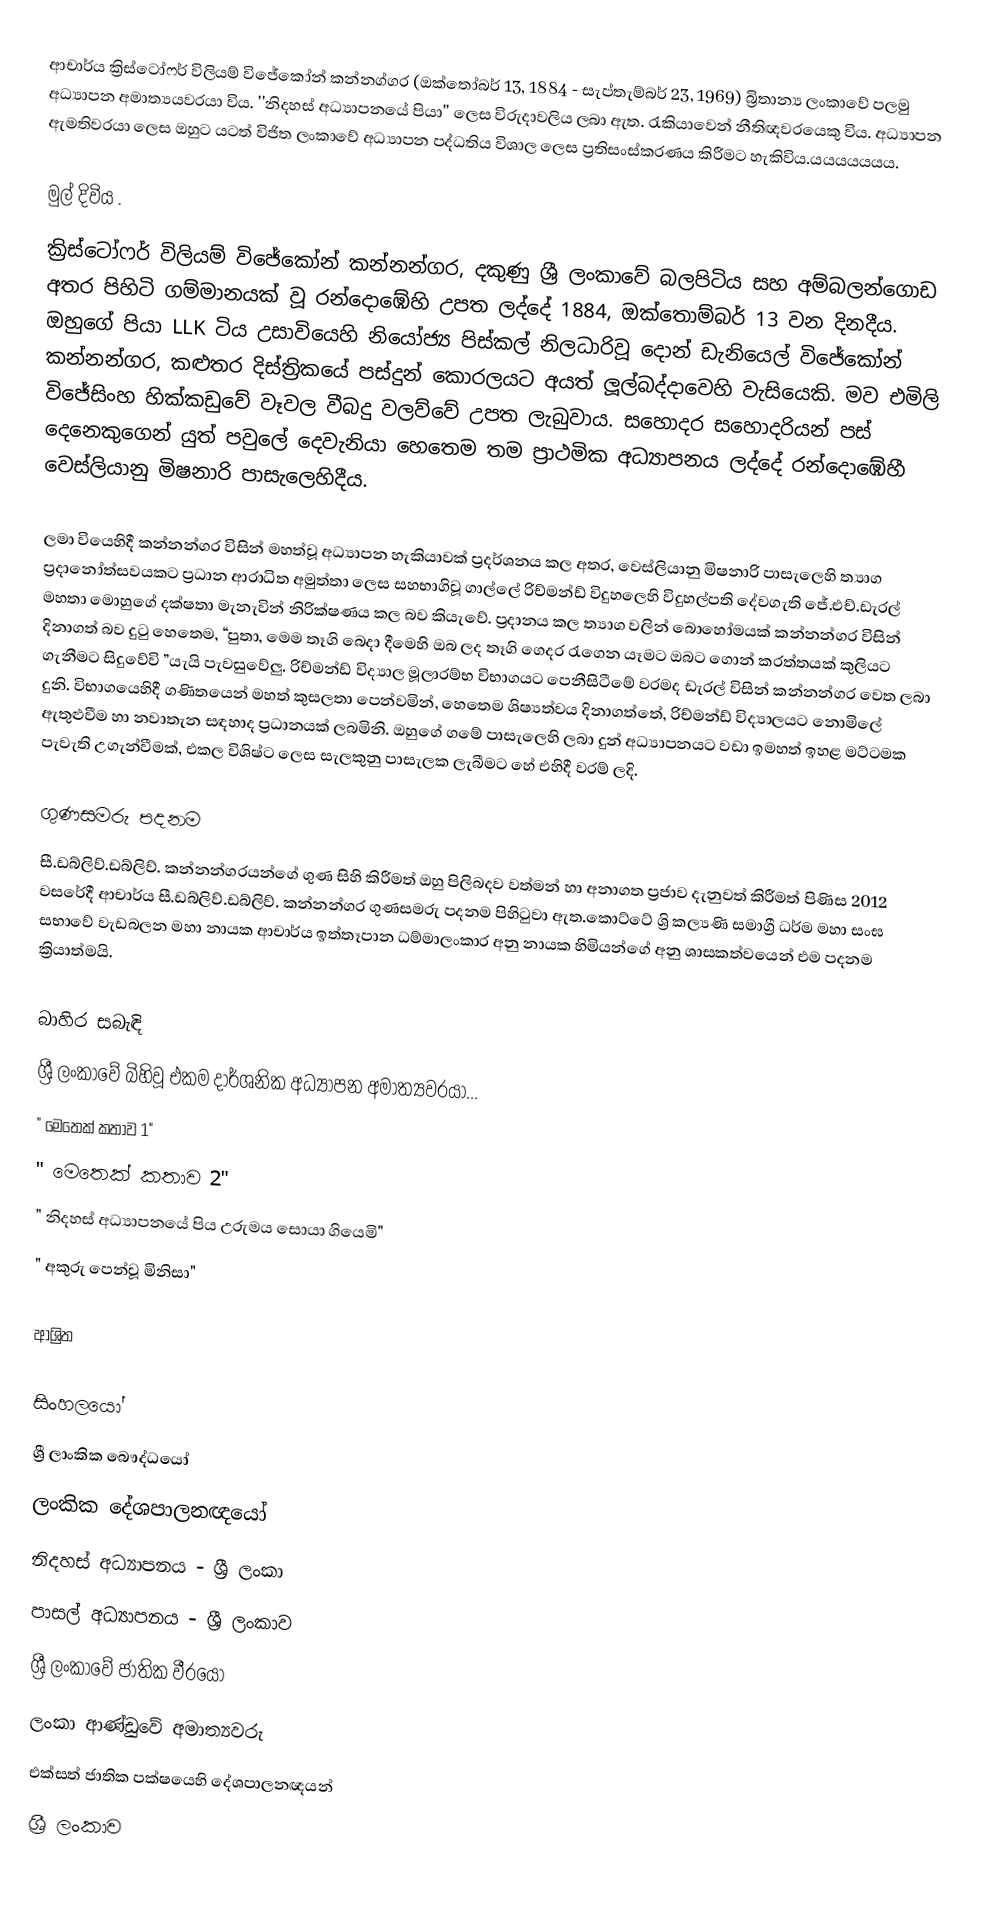
ආචාර්ය ක්‍රිස්ටෝෆර් විලියම් විජේකෝන් කන්නග්ගර (ඔක්තෝබර් 13, 1884 - සැප්තැම්බර් 23, 1969) බ්‍රිතාන්‍ය ලංකාවේ  පලමු අධ්‍යාපන අමාත්‍යයවරයා විය. ''නිදහස් අධ්‍යාපනයේ පියා'' ලෙස විරුදාවලිය ලබා ඇත. රැකියාවෙන් නීතිඥවරයෙකු විය. අධ්‍යාපන ඇමතිවරයා ලෙස ඔහුට යටත් විජිත ලංකාවේ අධ්‍යාපන පද්ධතිය විශාල ලෙස ප්‍රතිසංස්කරණය කිරීමට හැකිවිය.යයයයයයය.

මුල් දිවිය .
ක්‍රිස්ටෝෆර් විලියම් විජේකෝන් කන්නන්ගර, දකුණු ශ්‍රී    ලංකාවේ බලපිටිය සහ අම්බලන්ගොඩ අතර පිහිටි ගම්මානයක් වූ රන්දොඹේහි උපත ලද්දේ 1884, ඔක්තොම්බර් 13 වන දිනදීය.  ඔහුගේ පියා LLK ටිය උසාවියෙහි නියෝජ්‍ය පිස්කල් නිලධාරිවූ දොන් ඩැනියෙල් විජේකෝන් කන්නන්ගර, කළුතර දිස්ත්‍රිකයේ පස්දුන් කොරලයට අයත් ලූල්බද්දාවෙහි වැසියෙකි. මව එමිලි විජේසිංහ හික්කඩුවේ වෑවල වීබදු වලව්වේ උපත ලැබුවාය. සහොදර සහොදරියන් පස් දෙනෙකුගෙන් යුත් පවුලේ දෙවැනියා හෙතෙම තම ප්‍රාථමික අධ්‍යාපනය ලද්දේ රන්දොඹේහී වෙස්ලියානු මිෂනාරි පාසැලෙහිදීය.

ලමා වියෙහිදී කන්නන්ගර විසින් මහත්වූ අධ්‍යාපන හැකියාවක් ප්‍රදර්ශනය කල අතර, වෙස්ලියානු මිෂනාරි පාසැලෙහි ත්‍යාග ප්‍රදානෝත්සවයකට ප්‍රධාන ආරාධිත අමුත්තා ලෙස සහභාගිවූ ගාල්ලේ  රිච්මන්ඩ් විදුහලෙහි විදුහල්පති දේවගැති ජේ.එච්.ඩැරල් මහතා මොහුගේ දක්ෂතා මැනැවින් නිරික්ෂණය කල බව කියැවේ. ප්‍රදානය කල ත්‍යාග වලින් බොහෝමයක් කන්නන්ගර විසින් දිනාගත් බව දුටු හෙතෙම, “පුතා, මෙම තෑගි බෙදා දීමෙහි ඔබ ලද තෑගි ගෙදර රැගෙන යෑමට ඔබට ගොන් කරත්තයක් කුලියට ගැනීමට සිදුවේවි ”යැයි පැවසුවේලු. රිච්මන්ඩ් විද්‍යාල මූලාරම්භ විභාගයට පෙනීසිටීමේ වරමද ඩැරල් විසින් කන්නන්ගර වෙත ලබා දුනි. විභාගයෙහිදී ගණිතයෙන් මහත් කුසලතා පෙන්වමින්, හෙතෙම ශිෂ්‍යත්වය දිනාගත්තේ, රිච්මන්ඩ් විද්‍යාලයට නොමිලේ  ඇතුළුවීම හා නවාතැන සඳහාද ප්‍රධානයක් ලබමිනි. ඔහුගේ ගමේ පාසැලෙහි ලබා දුන් අධ්‍යාපනයට වඩා ඉමහත් ඉහළ මට්ටමක පැවැති උගැන්වීමක්, එකල විශිෂ්ට ලෙස සැලකුනු පාසැලක ලැබීමට හේ එහිදී වරම් ලදි.

ගුණසමරු පදනම
සී.ඩබ්ලිව්.ඩබ්ලිව්. කන්නන්ගරයන්ගේ ගුණ සිහි කිරීමත් ඔහු පිලිබදව වත්මන් හා අනාගත ප්‍රජාව දැනුවත් කිරීමත් පිණිස 2012 වසරේදී ආචාර්ය සී.ඩබ්ලිව්.ඩබ්ලිව්. කන්නන්ගර ගුණසමරු පදනම පිහිටුවා ඇත.කොට්ටේ ශ්‍රි කල්‍යණි සමාග්‍රී ධර්ම මහා සංඝ සභාවේ වැඩබලන මහා නායක ආචාර්ය ඉත්තෑපාන ධම්මාලංකාර අනු නායක හිමියන්ගේ අනු ශාසකත්වයෙන් එම පදනම ක්‍රියාත්මයි.

බාහිර සබැඳි
ශ්‍රී ලංකාවේ බිහිවූ එකම දාර්ශනික අධ්‍යාපන අමාත්‍යවරයා...
  " මෙතෙක් කතාව 1"
" මෙතෙක් කතාව 2"
" නිදහස් අධ්‍යාපනයේ පිය උරුමය සොයා ගියෙමි"
" අකුරු පෙන්වූ මිනිසා"

ආශ්‍රිත

සිංහලයෝ
ශ්‍රී ලාංකික බෞද්ධයෝ
ලංකික දේශපාලනඥයෝ
නිදහස් අධ්‍යාපනය - ශ්‍රී ලංකා
පාසල් අධ්‍යාපනය - ශ්‍රී ලංකාව
ශ්‍රී ලංකාවේ ජාතික වීරයෝ
ලංකා ආණ්ඩුවේ අමාත්‍යවරු
එක්සත් ජාතික පක්ෂයෙහි දේශපාලනඥයන්
ශ්‍රී ලංකාව